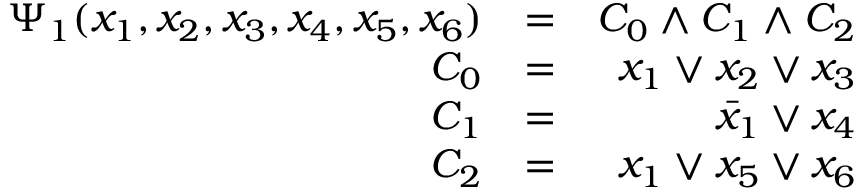
\begin{array} { r l r } { \Psi _ { 1 } ( x _ { 1 } , x _ { 2 } , x _ { 3 } , x _ { 4 } , x _ { 5 } , x _ { 6 } ) } & { = } & { C _ { 0 } \wedge C _ { 1 } \wedge C _ { 2 } } \\ { C _ { 0 } } & { = } & { x _ { 1 } \vee x _ { 2 } \vee x _ { 3 } } \\ { C _ { 1 } } & { = } & { \bar { x } _ { 1 } \vee x _ { 4 } } \\ { C _ { 2 } } & { = } & { x _ { 1 } \vee x _ { 5 } \vee x _ { 6 } } \end{array}